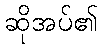
ဆိုအပ်၏